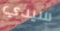
سيدي